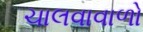
ચાલવાવાળો